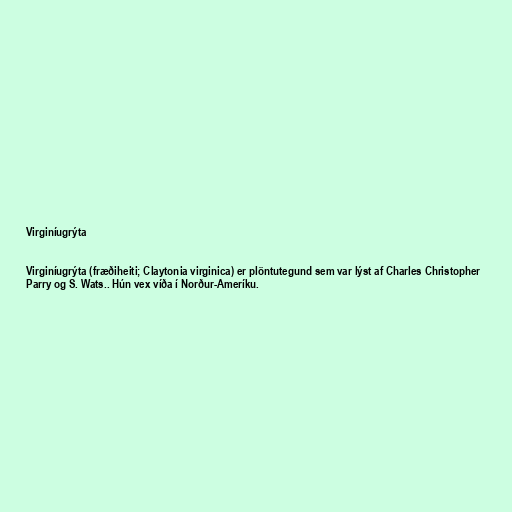
Virginíugrýta

Virginíugrýta (fræðiheiti; Claytonia virginica) er plöntutegund sem var lýst af Charles Christopher
Parry og S. Wats.. Hún vex víða í Norður-Ameríku.